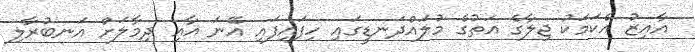
އާއިޒު އެކަމަކު ޖިލާގެ އަތުގެ މުލައްދަނޑީގައި ހިފައިފައި އޭނަ އާއި ދިމާލަށް އަނބުރާލި